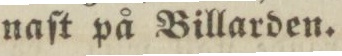
naſt på Billarden.